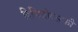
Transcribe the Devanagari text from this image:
दिमित्रोव्सकी